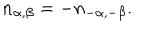
n _ { \alpha , \beta } = - n _ { - \alpha , - \beta } .